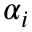
\alpha _ { i }